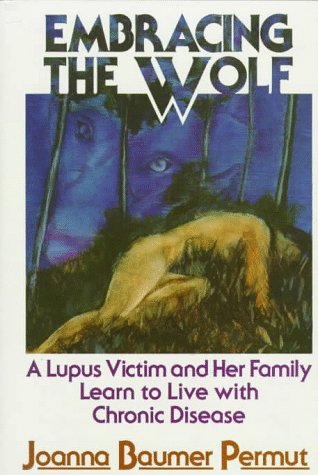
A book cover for Embracing the Wolf: A Lupus Victim and Her Family Learn to Live with Chronic Disease; Joanna Baumer Permut; Health, Fitness & Dieting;